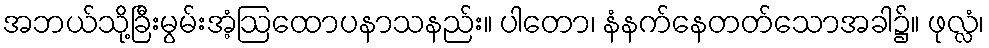
အဘယ်သို့ခြီးမွမ်းအံ့ဩထောပနာသနည်း။ ပါတော၊ နံနက်နေတတ်သောအခါ၌။ ဖုလ္လံ၊